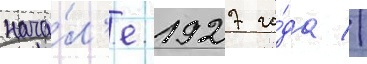
нача́л'е 1927 го́да //